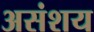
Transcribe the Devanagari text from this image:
असंशय